Civil Veterinary Department ledger series I-VI
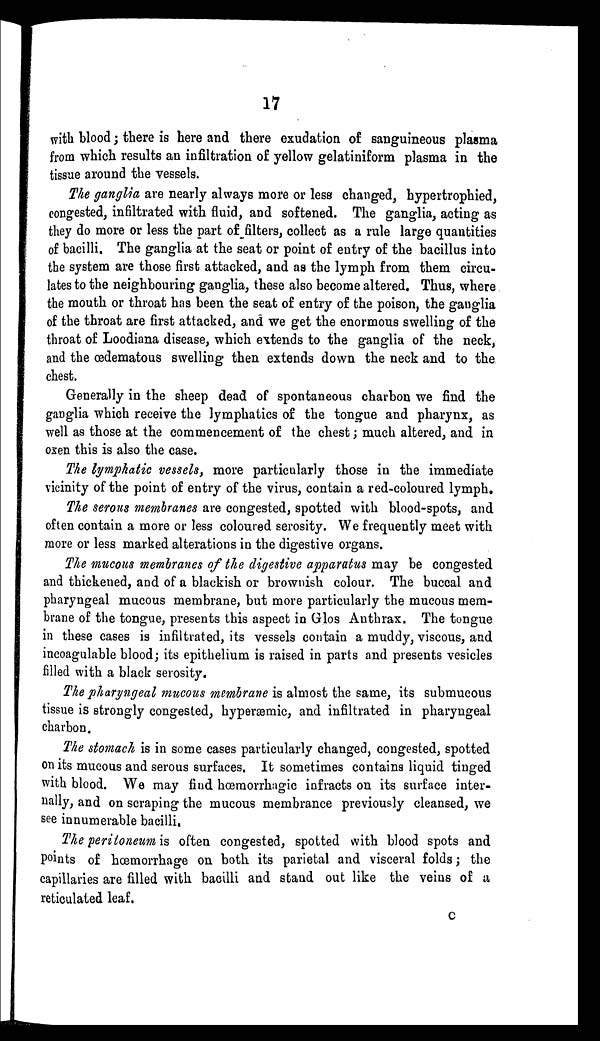
17
with blood ; there is here and there exudation of sanguineous plasma
from which results an infiltration of yellow gelatiniform plasma in the
tissue around the vessels.
The ganglia are nearly always more or less changed, hypertrophied,
congested, infiltrated with fluid, and softened. The ganglia, acting as
they do more or less the part of filters, collect as a rule large quantities
of bacilli. The ganglia at the seat or point of entry of the bacillus into
the system are those first attacked, and as the lymph from them circu-
lates to the neighbouring ganglia, these also become altered. Thus, where
the mouth or throat has been the seat of entry of the poison, the ganglia
of the throat are first attacked, and we get the enormous swelling of the
throat of Loodiana disease, which extends to the ganglia of the neck,
and the œdematous swelling then extends down the neck and to the
chest.
Generally in the sheep dead of spontaneous charbon we find the
ganglia which receive the lymphatics of the tongue and pharynx, as
well as those at the commencement of the chest ; much altered, and in
oxen this is also the case.
The lymphatic vessels, more particularly those in the immediate
vicinity of the point of entry of the virus, contain a red-coloured lymph.
The serous membranes are congested, spotted with blood-spots, and
often contain a more or less coloured serosity. We frequently meet with
more or less marked alterations in the digestive organs.
The mucous membranes of the digestive apparatus may be congested
and thickened, and of a blackish or brownish colour. The buccal and
pharyngeal mucous membrane, but more particularly the mucous mem-
brane of the tongue, presents this aspect in Glos Anthrax. The tongue
in these cases is infiltrated, its vessels contain a muddy, viscous, and
incoagulable blood; its epithelium is raised in parts and presents vesicles
filled with a black serosity.
The pharyngeal mucous membrane is almost the same, its submucous
tissue is strongly congested, hyperæmic, and infiltrated in pharyngeal
charbon.
The stomach is in some cases particularly changed, congested, spotted
on its mucous and serous surfaces. It sometimes contains liquid tinged
with blood. We may find hœmorrhagic infracts on its surface inter-
nally, and on scraping the mucous membrance previously cleansed, we
see innumerable bacilli.
The peritoneum is often congested, spotted with blood spots and
points of hœmorrhage on both its parietal and visceral folds; the
capillaries are filled with bacilli and stand out like the veins of a
reticulated leaf.
C